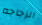
الزجاجه